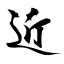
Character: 近